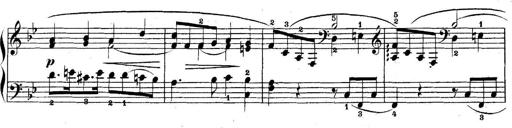
Title: 5 Sonatinas
Composer: Theodor Kirchner